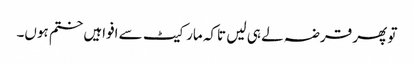
تو پھر قرضہ لے ہی لیں تاکہ مارکیٹ سے افواہیں ختم ہوں۔